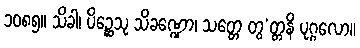
၁၀၈၅။ သိခါ၊ ပိဉ္ဆေသု သိခဏ္ဍော၊ သတ္တေ တွ’တ္တနိ ပုဂ္ဂလော။